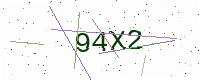
Text: 94X2